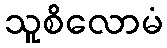
သူစိလောမံ